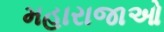
મહારાજાઓ